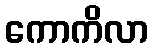
ကောကိလာ